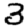
Digit: 3